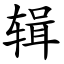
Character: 辑